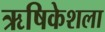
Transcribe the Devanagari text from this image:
ऋषिकेशला